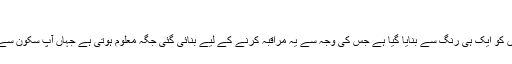
جاپانی اندازِ
اِس ڈیزائن میں راستے اور سائبان دونوں کو ایک ہی رنگ سے بنایا گیا ہے جس کی وجہ سے یہ مراقبہ کرنے کے لیے بنائی گئی جگہ معلوم ہوتی ہے جہاں آپ سکون سے تنہائی میں کچھ وقت گزر سکتے ہیں۔